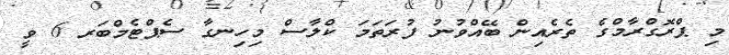
މި ޕްރޮގްރާމްގެ ތެރެއިން ބޭއްވުނު ފުރަތަމަ ކްލާސް މިހިނގާ ސެޕްޓެމްބަރ 6 ވީ